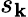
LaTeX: s_{\mathbf{k}}